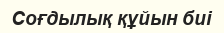
Соғдылық құйын биі